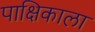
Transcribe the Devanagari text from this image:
पाक्षिकाला